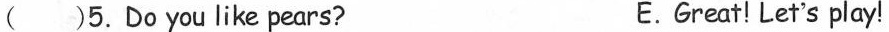
( )5.Do you like pears? E.Great!Let's play!